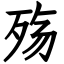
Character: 殇